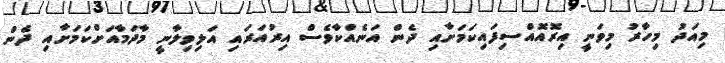
މިއަދު މިހާރު މިވަނީ އިރޮއޮއްސިފައިކަމަށާއި ދެން އަނެއްކާވެސް އިރުއަރައި އަލިވިލާނީ މާދަމާއަށްކަމަށާއި ދެން